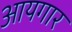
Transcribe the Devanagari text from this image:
आयगार